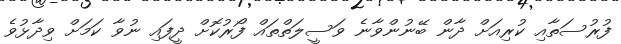
ފުރުސަތާއި ކުރިއަށް ދާން ބޭނުންވާނެ ވަސީލަތްތައް ފޯރުކޮށް ދީފައި ނުވާ ކަމަށް ވިދާޅުވެ